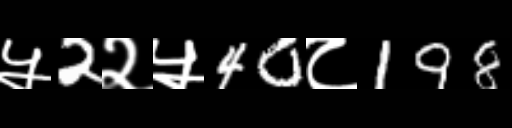
Text: ५2२५40८198